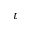
\tau